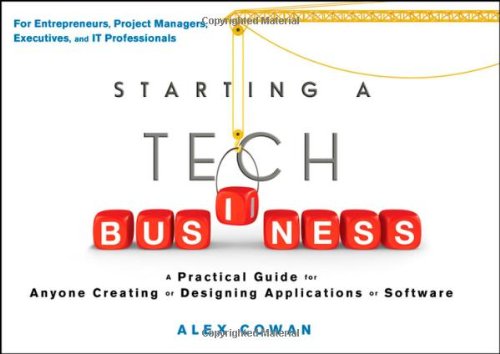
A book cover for Starting a Tech Business: A Practical Guide for Anyone Creating or Designing Applications or Software; Alex Cowan; Computers & Technology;